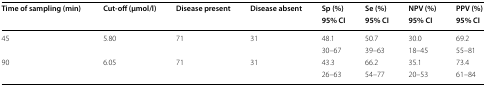
| <ROWSPAN=2> Time of sampling (min) | <ROWSPAN=2> Cut-off (μmol/l) | <ROWSPAN=2> Disease present | <ROWSPAN=2> Disease absent | Sp (%) | Se (%) | NPV (%) | PPV (%) |
 | 95% CI | 95% CI | 95% CI | 95% CI |
 | --- | --- | --- | --- | --- | --- | --- | --- |
 | <ROWSPAN=2> 45 | <ROWSPAN=2> 5.80 | <ROWSPAN=2> 71 | <ROWSPAN=2> 31 | 48.1 | 50.7 | 30.0 | 69.2 |
 | 30–67 | 39–63 | 18–45 | 55–81 |
 | <ROWSPAN=2> 90 | <ROWSPAN=2> 6.05 | <ROWSPAN=2> 71 | <ROWSPAN=2> 31 | 43.3 | 66.2 | 35.1 | 73.4 |
 | 26–63 | 54–77 | 20–53 | 61–84 |